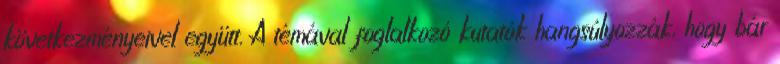
következményeivel együtt. A témával foglalkozó kutatók hangsúlyozzák, hogy bár